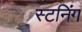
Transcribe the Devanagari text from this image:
स्टनिंग